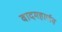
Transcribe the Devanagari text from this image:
वादमहार्णव